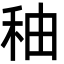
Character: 秞